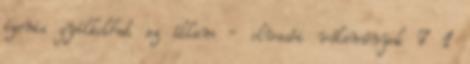
igenis gyilkolhat az állam - olvasói vélemények 7 1